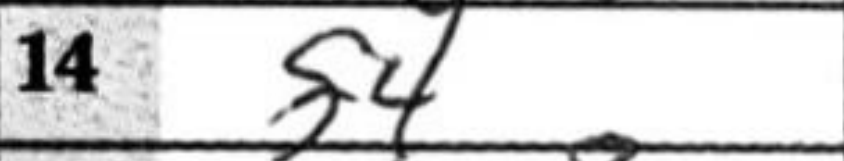
Transcription: d4